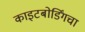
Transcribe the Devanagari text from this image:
काइटबोर्डिंगचा